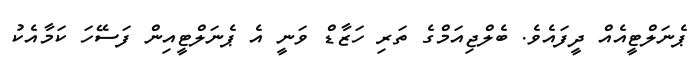
ޕެނަލްޓީއެއް ދީފައެވެ. ބެލްޖިއަމްގެ ތަރި ހަޒާޑް ވަނީ އެ ޕެނަލްޓީއިން ފަސޭހަ ކަމާއެކު